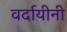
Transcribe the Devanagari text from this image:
वर्दायीनी